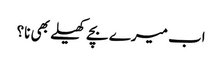
اب میرے بچے کھیلے بھی نا؟